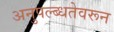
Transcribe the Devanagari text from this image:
अनुपल्ब्धतेवरून